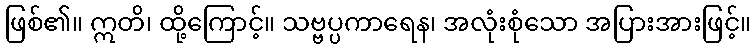
ဖြစ်၏။ ဣတိ၊ ထို့ကြောင့်။ သဗ္ဗပ္ပကာရေန၊ အလုံးစုံသော အပြားအားဖြင့်။